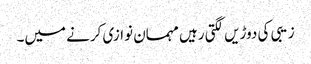
زیبی کی دوڑیں لگتی رہیں مہمان نوازی کرنے میں۔